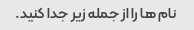
نام ها را از جمله زیر جدا کنید.